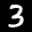
Label: 3